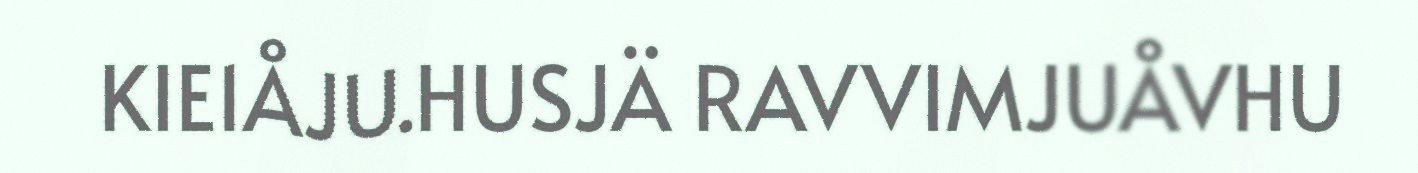
KIE1ÅJU.HUSJÄ RAVVIMJUÅVHU